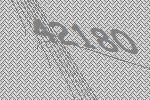
42180